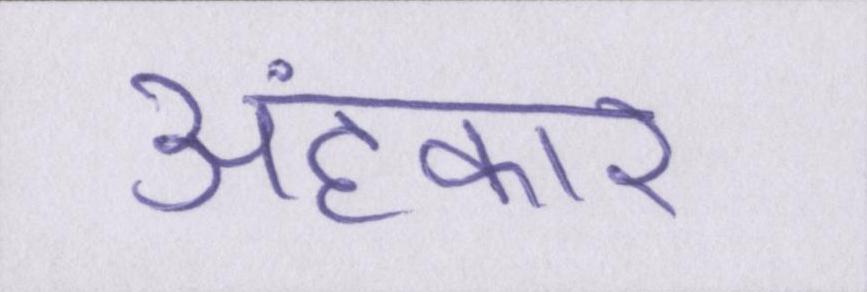
अहंकार